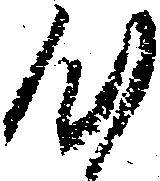
心